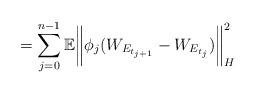
LaTeX: \begin{align*}= \sum_{j=0}^{n-1}\mathbb{E}\bigg\|\phi_j(W_{E_{t_{j+1}}}-W_{E_{t_j}})\bigg\|_H^2\end{align*}